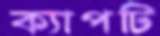
ক্যাপটি